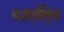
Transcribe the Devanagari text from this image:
यज्ञागि्न